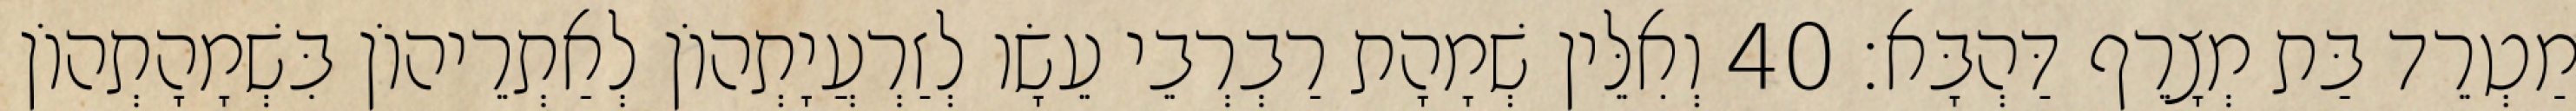
מַטְרֵד בַּת מְצָרֵף דַּהְבָּא׃ 40 וְאִלֵּין שְׁמָהָת רַבְרְבֵי עֵשָׂו לְזַרְעֲיָתְהוֹן לְאַתְרֵיהוֹן בִּשְׁמָהָתְהוֹן